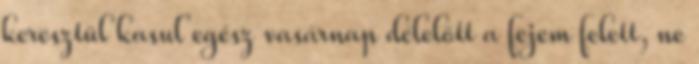
keresztül kasul egész vasárnap délelőtt a fejem felett, ne